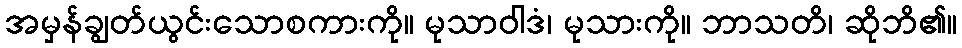
အမှန်ချွတ်ယွင်းသောစကားကို။ မုသာဝါဒံ၊ မုသားကို။ ဘာသတိ၊ ဆိုဘိ၏။